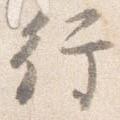
行